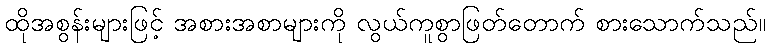
ထိုအစွန်းများဖြင့် အစားအစာများကို လွယ်ကူစွာဖြတ်တောက် စားသောက်သည်။